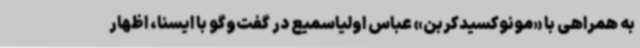
به همراهی با «مونوکسیدکربن» عباس اولیاسمیع در گفت‌وگو با ایسنا، اظهار